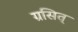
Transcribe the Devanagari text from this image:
ग्रसित्